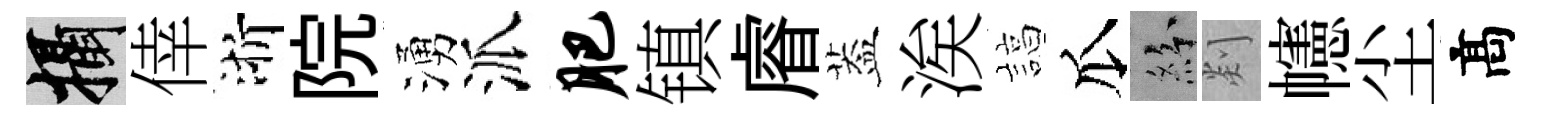
攝倖浙院湧派肥镇𥈠葢涘諄瓜紛剡幰尘髙